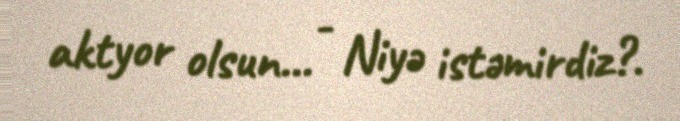
aktyor olsun... - Niyə istəmirdiz?.